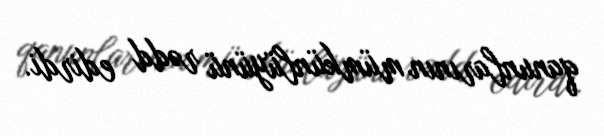
qanunlarının mümkünlüyünü rədd edirdi.